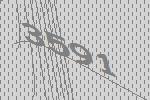
3591